King Institute of Preventive Medicine Micro-Biological Section reports 1912-19
Year: 1912
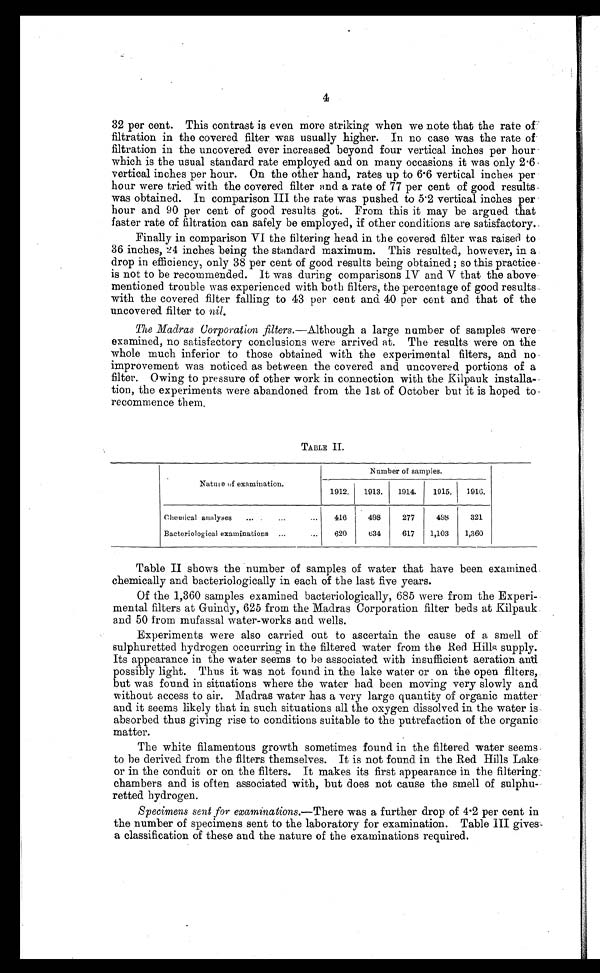
4
32 per cent. This contrast is even more striking when we note that the rate of
filtration in the covered filter was usually higher. In no case was the rate of
filtration in the uncovered ever increased beyond four vertical inches per hour
which is the usual standard rate employed and on many occasions it was only 2.6
vertical inches per hour. On the other hand, rates up to 6.6 vertical inches per
hour were tried with the covered filter and a rate of 77 per cent of good results
was obtained. In comparison III the rate was pushed to 5.2 vertical inches per
hour and 90 per cent of good results got. From this it may be argued that
faster rate of filtration can safely be employed, if other conditions are satisfactory.
Finally in comparison VI the filtering head in the covered filter was raised to
36 inches, 24 inches being the standard maximum. This resulted, however, in a
drop in efficiency, only 38 per cent of good results being obtained ; so this practice
is not to be recommended. It was during comparisons IV and V that the above
mentioned trouble was experienced with both filters, the percentage of good results
with the covered filter falling to 43 per cent and 40 per cent and that of the
uncovered filter to nil.
The Madras Corporation filters.—Although a large number of samples were
examined, no satisfactory conclusions were arrived at. The results were on the
whole much inferior to those obtained with the experimental filters, and no
improvement was noticed as between the covered and uncovered portions of a
filter. Owing to pressure of other work in connection with the Kilpauk installa-
tion, the experiments were abandoned from the 1st of October but it is hoped to
recommence them.
TABLE II.
Nature of examination.
Number of samples.
1912.
1913.
1914.
1915.
1916.
Chemical analyses . . .
416
498
277
498
321
Bacteriological examinations . . .
620
634
617
1,103
1,360
Table II shows the number of samples of water that have been examined
chemically and bacteriologically in each of the last five years.
Of the 1,360 samples examined bacteriologically, 685 were from the Experi
- m e n t a l f i l t e r s a t G u i n d y , 6 2 5 f r o m t h e M a d r a s C o r p o r a t i o n f i l t e r b e d s a t K i l p a u k
and 50 from mufassal water-works and wells.
Experiments were also carried out to ascertain the cause of a smell of
sulphuretted hydrogen occurring in the filtered water from the Red Hills supply.
Its appearance in the water seems to be associated with insufficient aeration and
possibly light. Thus it was not found in the lake water or on the open filters,
but was found in situations where the water had been moving very slowly and
without access to air. Madras water has a very large quantity of organic matter
and it seems likely that in such situations all the oxygen dissolved in the water is
absorbed thus giving rise to conditions suitable to the putrefaction of the organic
matter.
The white filamentous growth sometimes found in the filtered water seems
to be derived from the filters themselves. It is not found in the Red Hills Lake
or in the conduit or on the filters. It makes its first appearance in the filtering
chambers and is often associated with, but does not cause the smell of sulphu
-retted hydrogen.
Specimens sent for examinations.— There was a further drop of 4.2 per cent in
the number of specimens sent to the laboratory for examination. Table III gives
a classification of these and the nature of the examinations required.